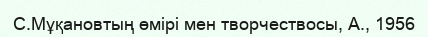
С.Мұқановтың өмірі мен творчествосы, А., 1956